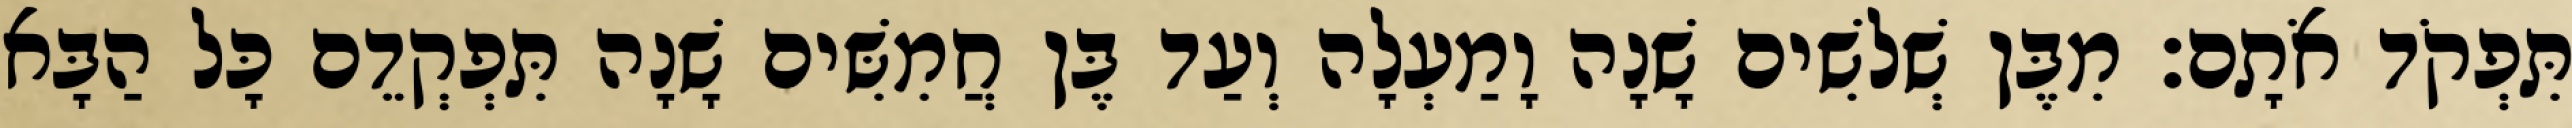
תִּפְקֹד אֹתָם׃ מִבֶּן שְׁלשִׁים שָׁנָה וָמַעְלָה וְעַד בֶּן חֲמִשִּׁים שָׁנָה תִּפְקְדֵם כָּל הַבָּא